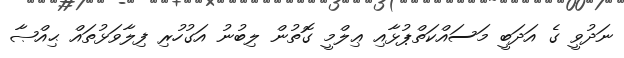
ނަދުވީ ގެ އަދަބީ މަސައްކަތްޕުޅާއި ޢިލްމީ ގޮތުން ލިބުނު އަގުހުރި ފިލާވަޅުތައް ޙިއްޞާ